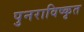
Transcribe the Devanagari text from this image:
पुनराविष्कृत